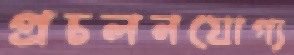
প্রচলনযোগ্য